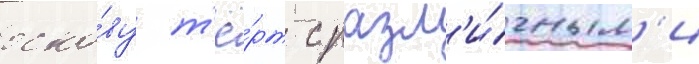
осно́ву т'ё́рт с разл'и́чным'и